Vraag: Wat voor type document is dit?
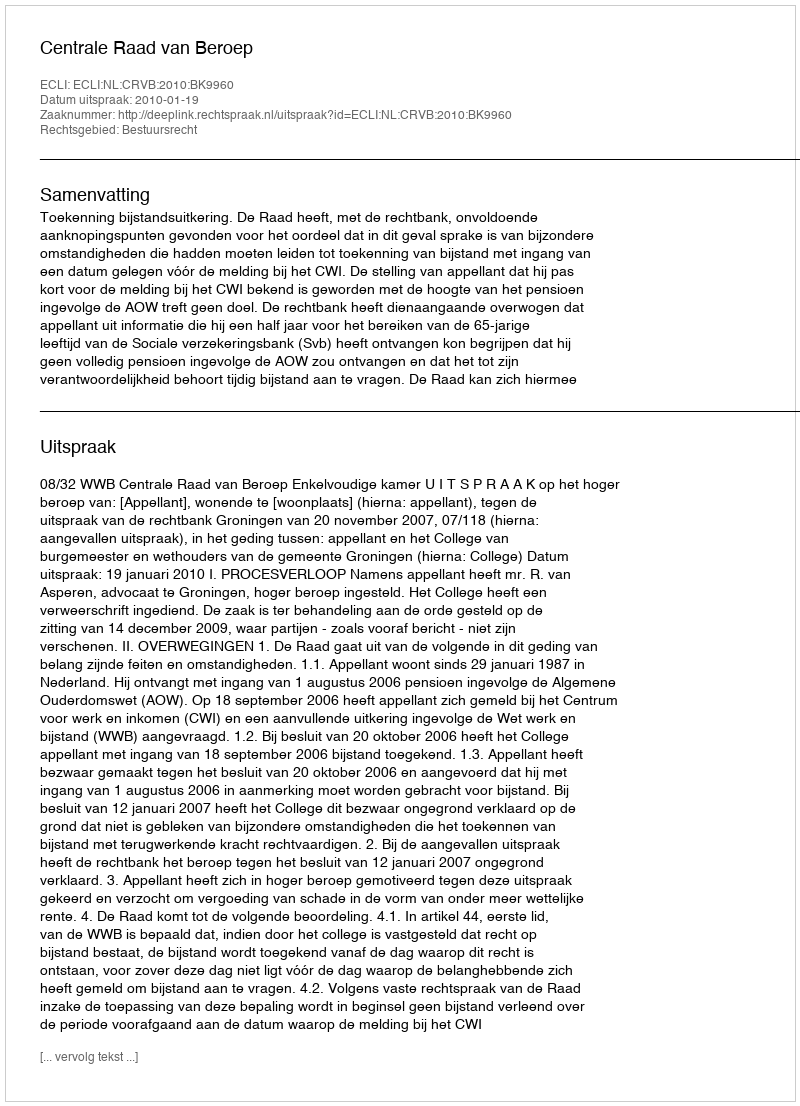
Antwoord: Uitspraak